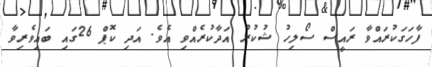
ފާހަގަކުރައްވާ ރައީސް ސޯލިހު ޝުކުރު އަދާކުރެއްވި އެވެ. އަދި ކޮޕް 26ގައި ބައިވެރިވާ